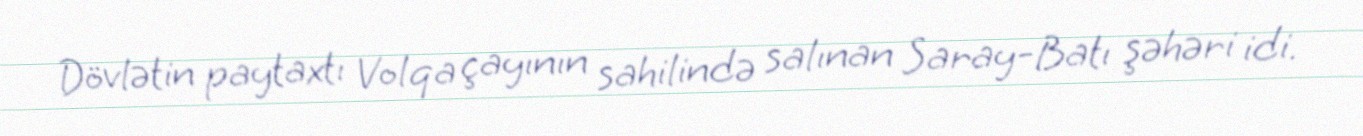
Dövlətin paytaxtı Volqa çayının sahilində salınan Saray-Batı şəhəri idi.